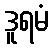
ဒူရမံ